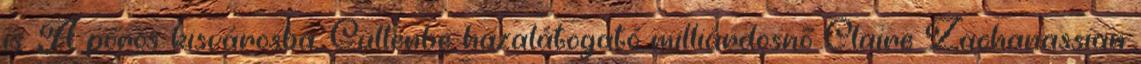
is. A poros kisvárosba, Güllenbe hazalátogató milliárdosnő Claire Zachanassian